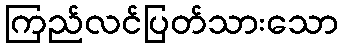
ကြည်လင်ပြတ်သားသော